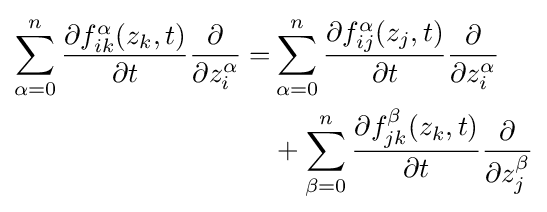
{\begin{aligned}\sum _{\alpha =0}^{n}{\frac {\partial f_{ik}^{\alpha }(z_{k},t)}{\partial t}}{\frac {\partial }{\partial z_{i}^{\alpha }}}=&\sum _{\alpha =0}^{n}{\frac {\partial f_{ij}^{\alpha }(z_{j},t)}{\partial t}}{\frac {\partial }{\partial z_{i}^{\alpha }}}\\&+\sum _{\beta =0}^{n}{\frac {\partial f_{jk}^{\beta }(z_{k},t)}{\partial t}}{\frac {\partial }{\partial z_{j}^{\beta }}}\\\end{aligned}}